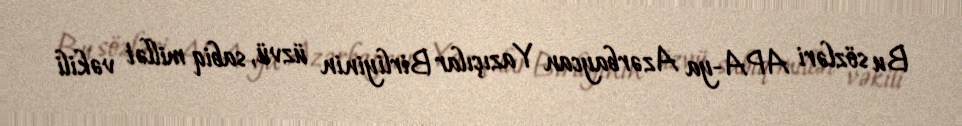
Bu sözləri APA-ya Azərbaycan Yazıçılar Birliyinin üzvü, sabiq millət vəkili